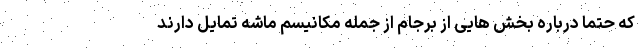
که حتما درباره بخش هایی از برجام از جمله مکانیسم ماشه تمایل دارند